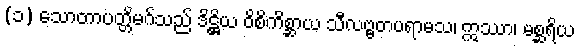
(၁) သောတာပတ္တိမဂ်သည် ဒိဋ္ဌိယ ဝိစိကိစ္ဆာယ သီလဗ္ဗတပရာမသ၊ ဣဿာ၊ မစ္ဆရိယ